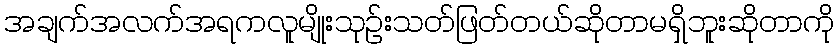
အချက်အလက်အရကလူမျိုးသုဉ်းသတ်ဖြတ်တယ်ဆိုတာမရှိဘူးဆိုတာကို